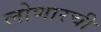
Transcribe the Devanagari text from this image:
लोणारची